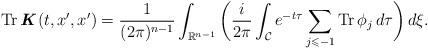
LaTeX: \begin{align*} \operatorname{Tr}\textbf{\textit{K}}(t,x^{\prime},x^{\prime}) = \frac{1}{(2\pi)^{n-1}} \int_{\mathbb{R}^{n-1}} \bigg( \frac{i}{2\pi} \int_{\mathcal{C}} e^{-t\tau} \sum_{j \leqslant -1} \operatorname{Tr} \phi_{j}\,d\tau \bigg) \,d\xi.\end{align*}